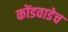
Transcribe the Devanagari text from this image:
कोंडवाडेच